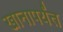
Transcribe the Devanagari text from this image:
खानापर्यंत